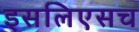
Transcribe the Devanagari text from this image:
इसलिएसच